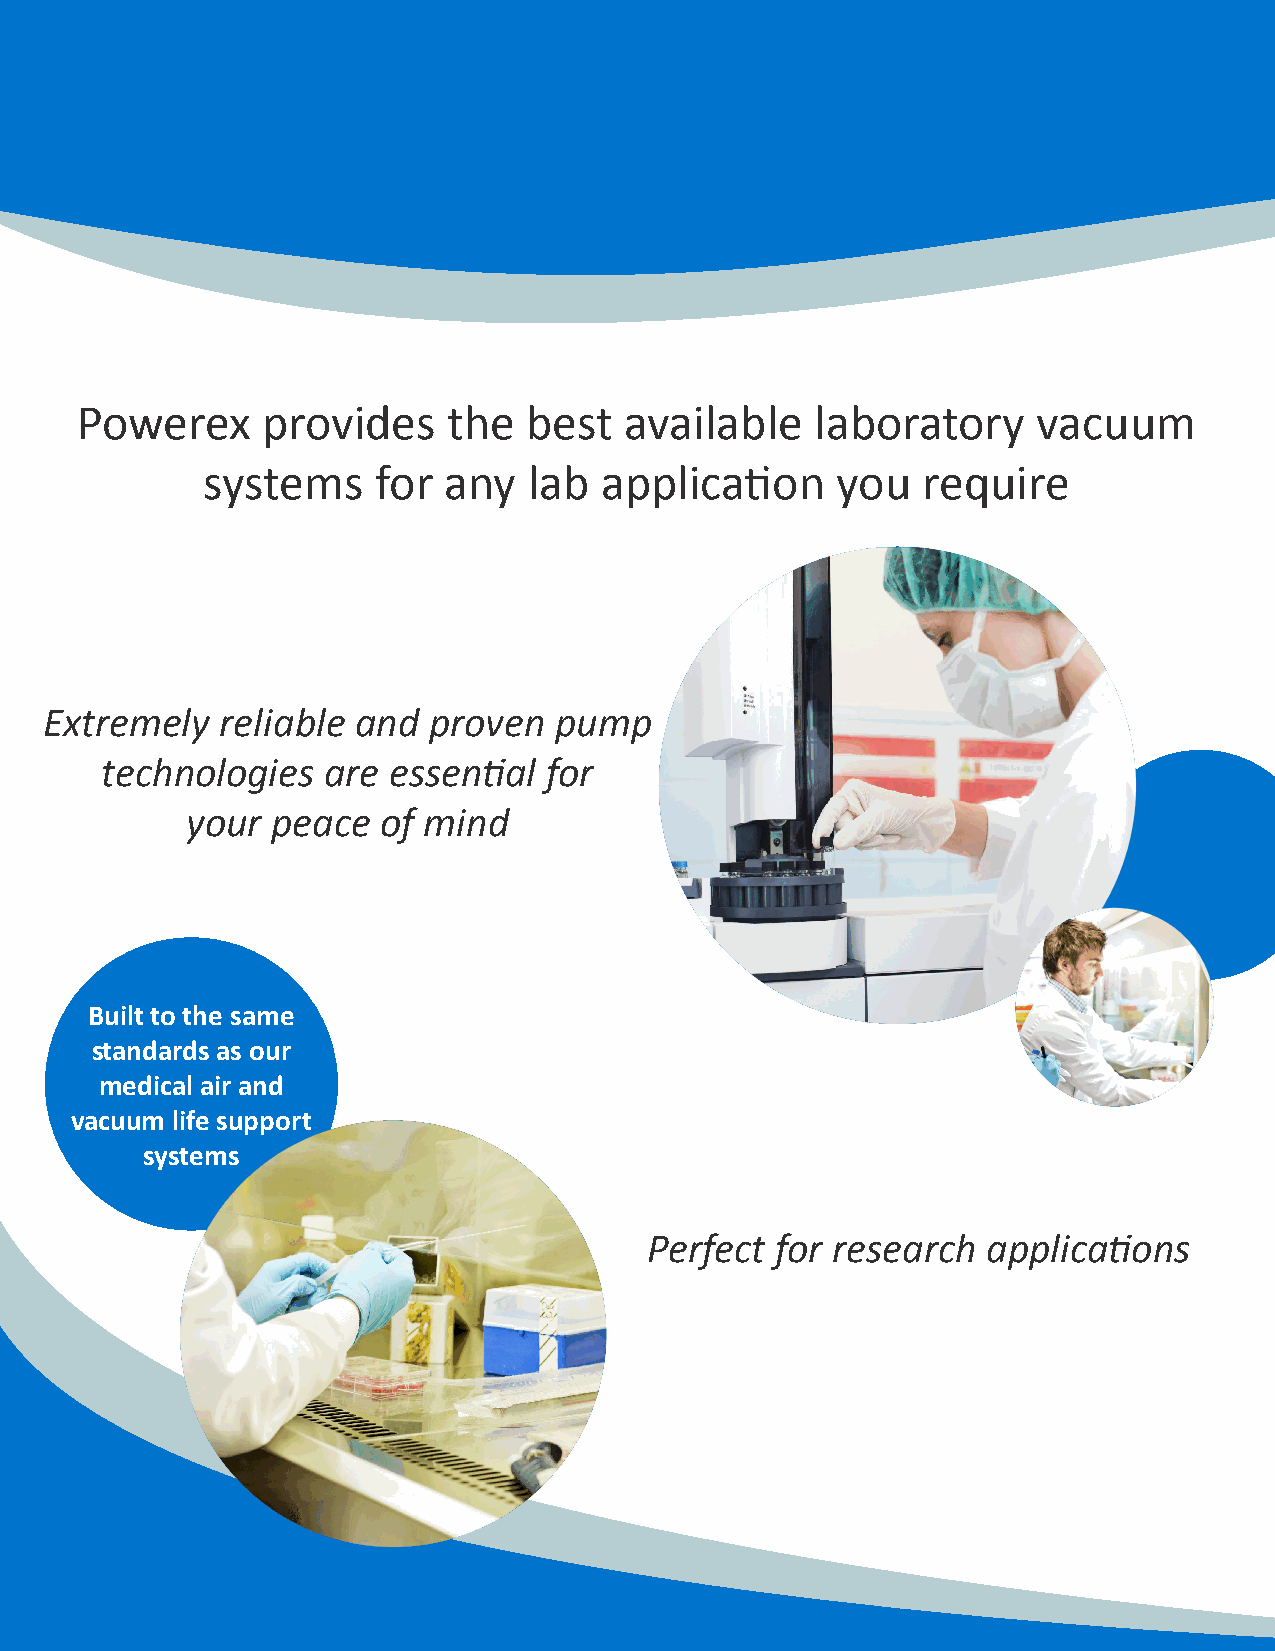
Powerex     provides     the  best  available    laboratory     vacuum
 systems     for any   lab  application    you   require
 Extremely   reliable and proven   pump
 technologies  are  essential for
 your  peace  of mind
 Built to the same
 standards as our
 medical air and
 vacuum life support
 systems
 Perfect for research  applications